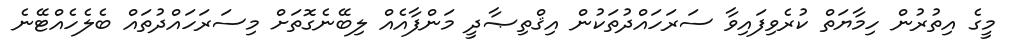
މީގެ އިތުރުން ހިމާޔަތް ކުރެވިފައިވާ ސަރަހައްދުތަކުން އިޤްތިޞާދީ މަންފާއެއް ލިބޭނެގޮތަށް މިސަރަހައްދުތައް ބެލެހެއްޓޭނެ